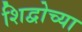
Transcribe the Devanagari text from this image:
शिद्वोच्या